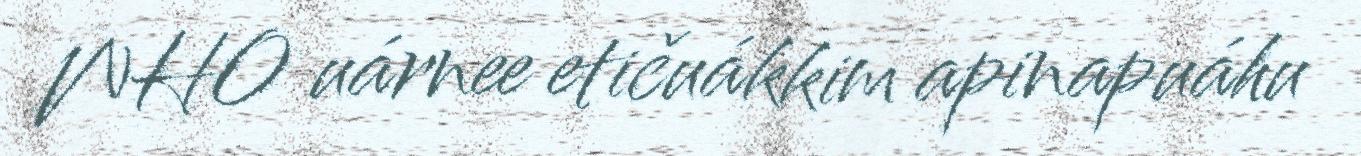
WHO uárnee etičuákkim apinapuáhu